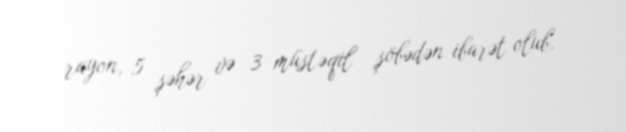
rayon, 5 şəhər və 3 müstəqil şöbədən ibarət olub.